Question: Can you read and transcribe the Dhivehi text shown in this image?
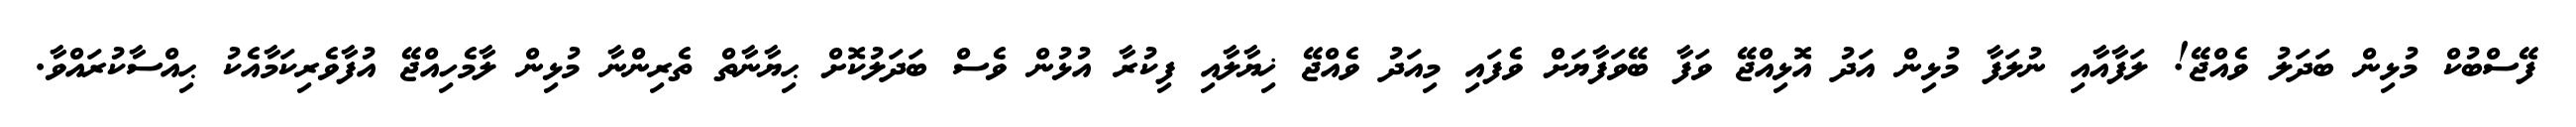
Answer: ފޭސްބުކް މުޅިން ބަދަލު ވެއްޖޭ! ލަފާއާއި ނުލަފާ މުޅިން އަދު އޮޅިއްޖޭ ވަފާ ބޭވަފާޔަށް ވެފައި މިއަދު ވެއްޖޭ ޚިޔާލާއި ފިކުރާ އުޅުން ވެސް ބަދަލުކޮށް ޙިޔާނާތް ތެރިންނާ މުޅިން ލާމެހިއްޖޭ އުފާވެރިކަމާއެކު ޙިއްސާކުރައްވާ.